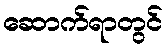
ဆောက်ရာတွင်